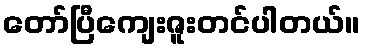
တော်ပြီကျေးဇူးတင်ပါတယ်။